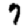
Digit: 7